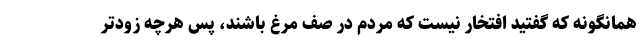
همانگونه که گفتید افتخار نیست که مردم در صف مرغ باشند، پس هرچه زودتر